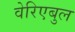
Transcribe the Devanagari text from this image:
वेरिएबुल